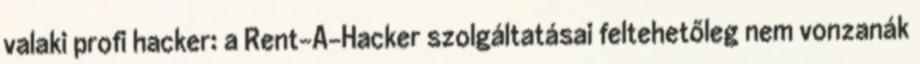
valaki profi hacker: a Rent-A-Hacker szolgáltatásai feltehetőleg nem vonzanák